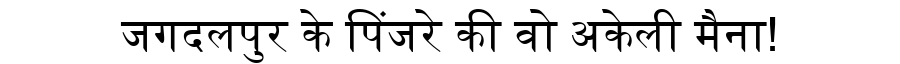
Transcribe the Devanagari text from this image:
जगदलपुर के पिंजरे की वो अकेली मैना!